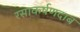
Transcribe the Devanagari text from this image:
रसाकर्षणदाब